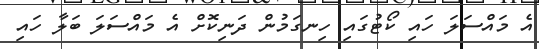
އެ މައްސަލަ ހައި ކޯޓުގައި ހިނގަމުން ދަނިކޮށް އެ މައްސަލަ ބަލާ ހައި